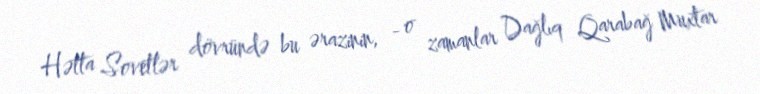
Hətta Sovetlər dövründə bu ərazinin, - o zamanlar Dağlıq Qarabağ Muxtar